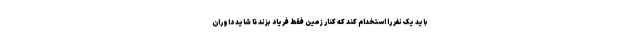
باید یک نفر را استخدام کند که کنار زمین فقط فریاد بزند تا شاید داوران